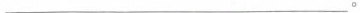
___